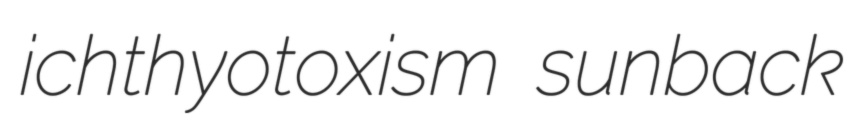
ichthyotoxism sunback